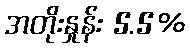
အတိုးနှုန်း 5.5%